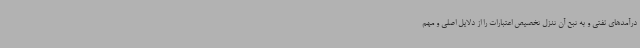
درآمدهای نفتی و به تبع آن تنزل تخصیص اعتبارات را از دلایل اصلی و مهم